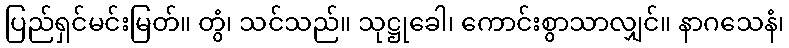
ပြည်ရှင်မင်းမြတ်။ တွံ၊ သင်သည်။ သုဋ္ဌုခေါ၊ ကောင်းစွာသာလျှင်။ နာဂသေနံ၊